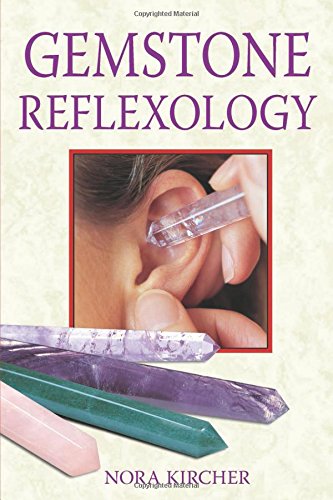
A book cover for Gemstone Reflexology; Nora Kircher; Science & Math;